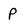
Character: p